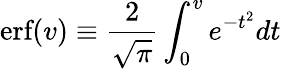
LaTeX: \textrm{erf}(v)\equiv\frac{2}{\sqrt{\pi}}\int_{0}^{v}e^{-t^{2}}dt